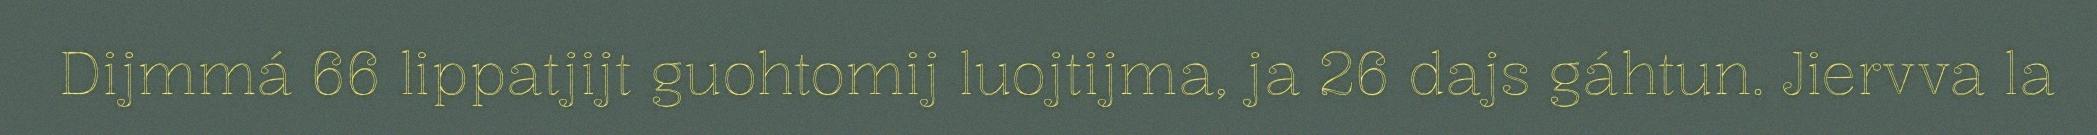
Dijmmá 66 lippatjijt guohtomij luojtijma, ja 26 dajs gáhtun. Jiervva la